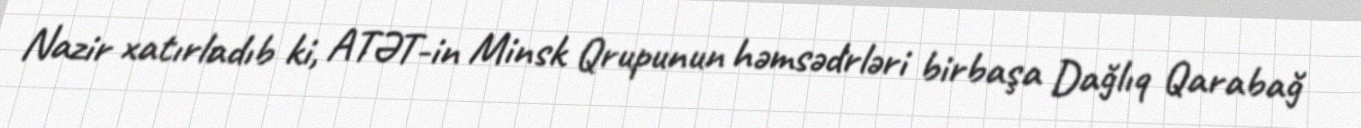
Nazir xatırladıb ki, ATƏT-in Minsk Qrupunun həmsədrləri birbaşa Dağlıq Qarabağ